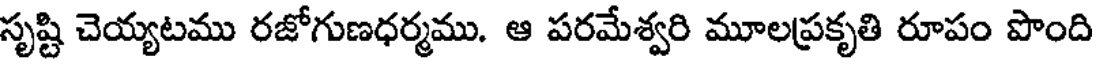
సృష్టి చెయ్యటము రజోగుణధర్మము. ఆ పరమేశ్వరి మూలప్రకృతి రూపం పొంది